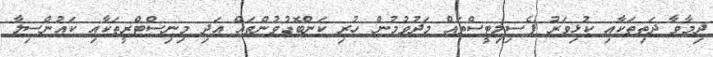
ދިމާވާ ދަތިތަކާއި ކުޅިވަރު ފެސިލިޓީސްތައް މަދުވުމުން ހުރި ކަންބޮޑުވުންތައް އަދި މިނިސްޓްރީތަކާއި ކައުންސިލާ